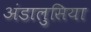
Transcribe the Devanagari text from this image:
अंडालुसिया